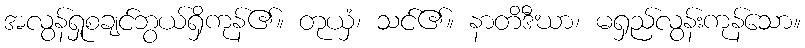
အလွန်ရှုစချင်ဘွယ်ရှိကုန်၏။ တုယှံ၊ သင်၏။ နာတိဒီဃာ၊ မရှည်လွန်းကုန်သော။